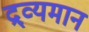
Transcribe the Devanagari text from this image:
द्र्व्यमान